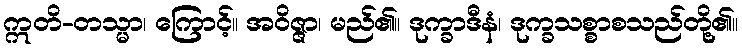
ဣတိ-တသ္မာ၊ ကြောင့်။ အဝိဇ္ဇာ၊ မည်၏။ ဒုက္ခာဒီနံ၊ ဒုက္ခသစ္စာစသည်တို့၏။